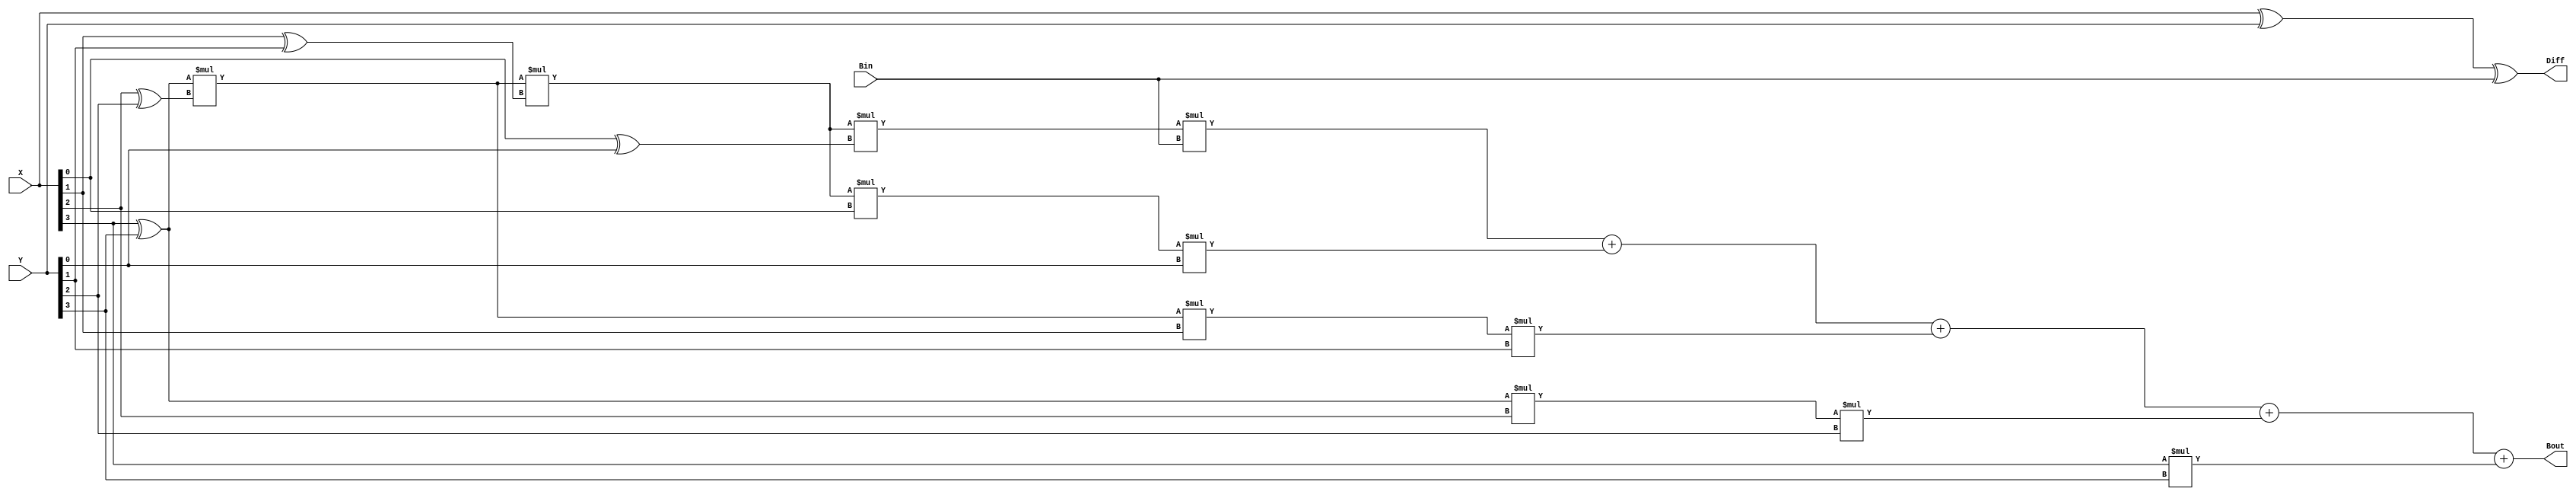
`timescale 1ns / 1ps
//////////////////////////////////////////////////////////////////////////////////
// Company: 
// Engineer: 
// 
// Design Name: 
// Module Name: Lab2_borrow_lookahead_sub
// Project Name: 
// Target Devices: 
// Tool Versions: 
// Description: 
// 
// Dependencies: 
// 
// Revision:
// Revision 0.01 - File Created
// Additional Comments:
// 
//////////////////////////////////////////////////////////////////////////////////


module Lab2_borrow_lookahead_sub(
    X,
    Y,
    Bin,
    Bout,
    Diff
    );

input [3:0]X;
input [3:0]Y;
input Bin;
output Bout;
output [3:0]Diff;

wire B0;
wire B1;
wire B2;



assign B0=Bin*(X[0]^Y[0])+X[0]*Y[0];
assign B1=(X[1]^Y[1])*(X[0]^Y[0])*Bin+(X[1]^Y[1])*X[0]*Y[0]+X[1]*Y[1];
assign B2=(X[2]^Y[2])*(X[1]^Y[1])*(X[0]^Y[0])*Bin+(X[2]^Y[2])*(X[1]^Y[1])*X[0]*Y[0]+(X[2]^Y[2])*X[1]*Y[1]+X[2]*Y[2];
assign Bout=(X[3]^Y[3])*(X[2]^Y[2])*(X[1]^Y[1])*(X[0]^Y[0])*Bin+(X[3]^Y[3])*(X[2]^Y[2])*(X[1]^Y[1])*X[0]*Y[0]+(X[3]^Y[3])*(X[2]^Y[2])*X[1]*Y[1]+(X[3]^Y[3])*X[2]*Y[2]+X[3]*Y[3];
assign Diff=X^Y^Bin;

endmodule